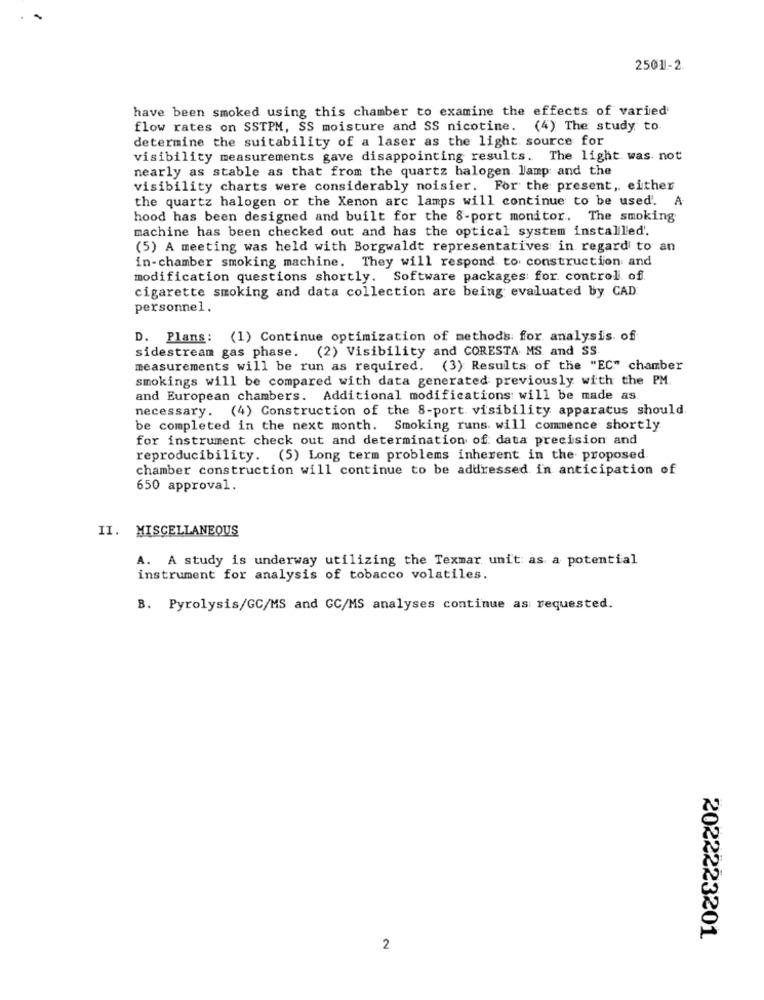
2501-2
have been smoked using this chamber to examine the effects of varied
flow rates on SSTPM, SS moisture and SS nicotine. (4) The study to
determine the suitability of a laser as the light source for
visibility measurements gave disappointing results. The light was not
nearly as stable as that from the quartz halogen lamp and the
visibility charts were considerably noisier. For the present, either
the quartz halogen or the Xenon arc lamps will continue to be used. A
hood has been designed and built for the 8-port monitor. The smoking
machine has been checked out and has the optical system installed'.
(5) A meeting was held with Borgwaldt representatives in regard to an
in-chamber smoking machine. They will respond to construction and
modification questions shortly. Software packages: for. control of
cigarette smoking and data collection are being evaluated by CAD:
personnel.
D. Plans: (1) Continue optimization of methods: for analysis of
sidestream gas phase. (2) Visibility and CORESTA MS and SS
measurements will be run as required.
(3) Results of the "EC" chamber
smokings will be compared with data generated previously with the PM.
and European chambers. Additional modifications will be made as.
necessary. (4) Construction of the 8-port visibility apparatus should.
be completed in the next month. Smoking runs. will commence shortly
for instrument check out and determination of data precision and
reproducibility. (5) Long term problems inherent in the proposed.
chamber construction will continue to be addressed in anticipation of
650 approval.
II. MISCELLANEOUS
A. A study is underway utilizing the Texmar unit: as a potential
instrument for analysis of tobacco volatiles.
B. Pyrolysis/GC/MS and GC/MS analyses continue as requested.
2022223201
2